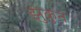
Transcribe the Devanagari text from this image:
झुकुन